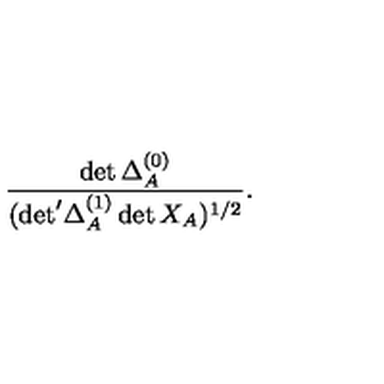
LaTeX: \frac { \det \Delta _ { A } ^ { ( 0 ) } } { ( { \det } ^ { \prime } \Delta _ { A } ^ { ( 1 ) } \det X _ { A } ) ^ { 1 / 2 } } .